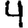
Digit: 4